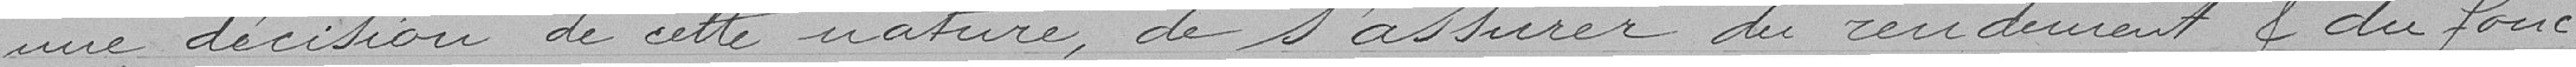
une décision de cette nature, de s'assurer du rendement et du fonc-